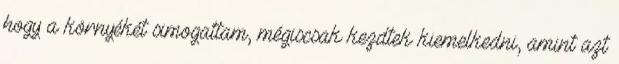
hogy a környékét simogattam, mégiscsak kezdtek kiemelkedni, amint azt